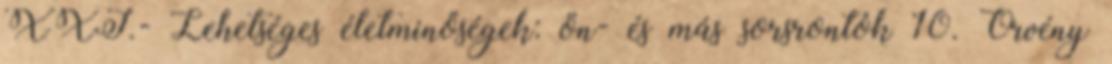
XXI.- Lehetséges életminőségek: ön- és más sorsrontók 10. Örvény